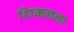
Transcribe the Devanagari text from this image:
शिकलला